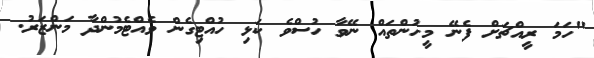
"ހަމަ ރީއްޗަށް ފެނޭ މީހުންތައް ނޭވާ ހުސްވެ ކަޅި ހުއްޓިގެން ވެއްޓެމުންދާ މަންޒަރު.